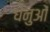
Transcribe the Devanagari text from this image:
धेनुओं